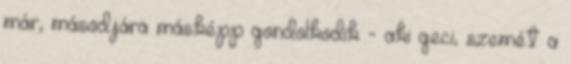
már, másodjára másképp gondolkodik - aki geci, szemét a